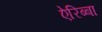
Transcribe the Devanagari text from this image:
ऐरिब्बा